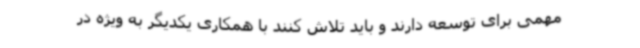
مهمی برای توسعه دارند و باید تلاش کنند با همکاری یکدیگر به ویژه در